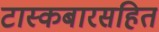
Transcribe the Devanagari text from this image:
टास्कबारसहित